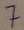
Text: 7